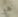
هو